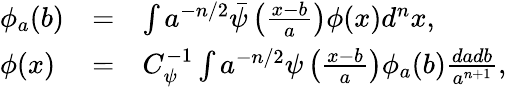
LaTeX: \begin{array}{lcl}{{\phi_{a}(b)}}&{{=}}&{{\int a^{-n/2}\bar{\psi}\left(\frac{x-b}{a}\right)\phi(x)d^{n}x,}}\\ {{\phi(x)}}&{{=}}&{{C_{\psi}^{-1}\int a^{-n/2}\psi\left(\frac{x-b}{a}\right)\phi_{a}(b)\frac{dadb}{a^{n+1}},}}\end{array}